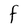
Character: F